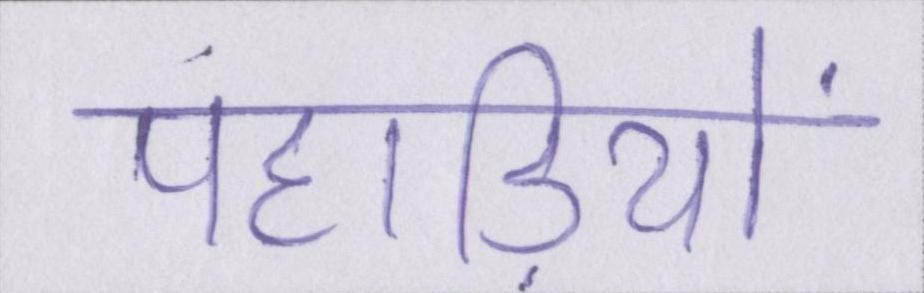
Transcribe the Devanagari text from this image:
पहाड़ियो